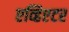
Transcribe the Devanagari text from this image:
एव्हिएटर